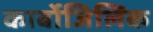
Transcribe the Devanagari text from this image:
कार्बोजिलिक